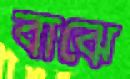
বাঝে